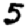
Digit: 5